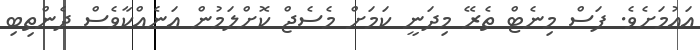
އައުމަށެވެ. ފަސް މިނެޓް ތެރޭ މިދަނީ ކަމަށް މެސެޖް ކޮށްލަމުން އަނެއްކާވެސް ދެންތިބި